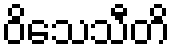
ဝိသေသီတိ